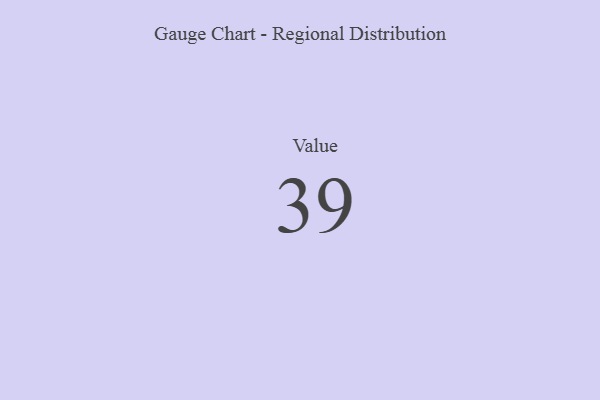
{"axis": {"x": "Metric", "y": "Value"}, "legend": [""], "data": [{"x": "Value", "y": 39, "type": ""}]}